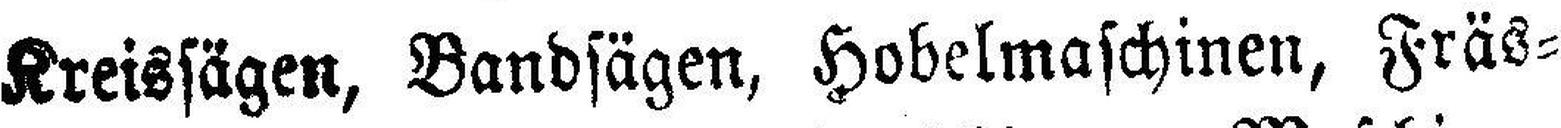
Kreissägen, Bandsägen, Hobelmaschinen, Fräs¬